Report on sanitation, dispensaries, and jails in Rajputana for 1917, and on vaccination for the year 1917-1918 - 1917-1918
Year: 1917
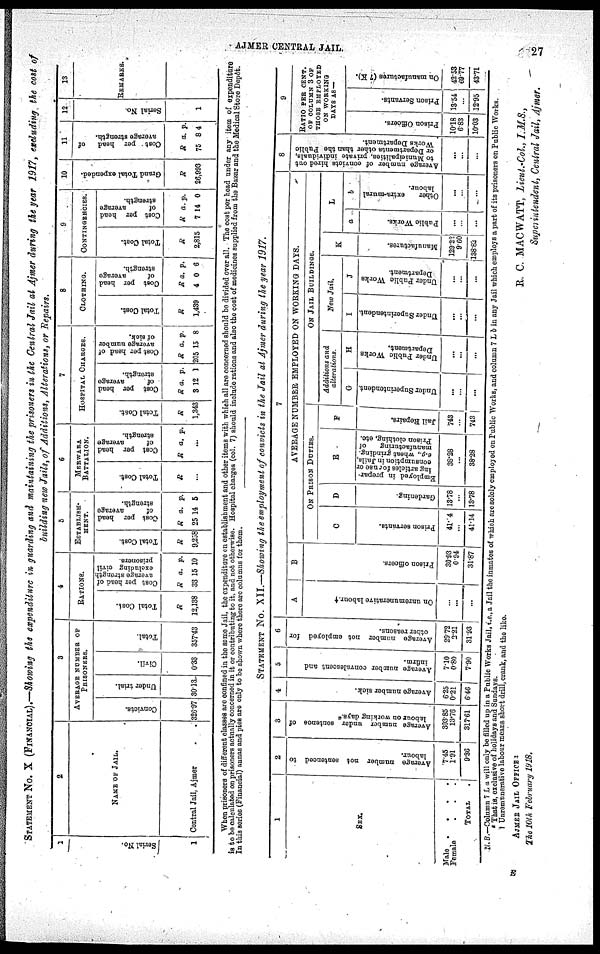
AJMER CENTRAL JAIL.
27
STATEMENT No. X (FINANCIAL).—Showing the expenditure in guarding and maintaining the prisoners in the Central Jail at Ajmer during the year 1917, excluding the cost of
building new Jails, of Additions, Alterations, or Repairs.
1
Serial No.
1
2
NAME OF JAIL.
Central Jail, Ajmer . .
3
AVERAGE NUMBER OF
PRISONERS.
Convicts.
326.97
Under trial.
30.13
Civil.
0.33
Total.
357.43
4
RATIONS.
Total Cost.
R
12,138
Cost per head of
average strength
excluding civil
prisoners.
R
33
a.
15
p.
10
5
ESTABLISH¬
MENT.
Total Cost.
R
9,258
Cost per head
of
average
strength.
R
25
a.
14
p.
5
6
MERWARA
BATTALION.
Total Cost.
R
...
Cost per head
of
average
strength.
R a. p.
...
7
HOSPITAL CHARGES.
Total Cost.
R
1,343
Cost per head
of
average
strength.
R
3
a.
12
p.
1
Cost per head of
average number
of sick.
R
205
a.
15
p.
8
8
CLOTHING.
Total Cost.
R
1,439
Cost per head
of
average
strength.
R
4
a.
0
p.
6
9
CONTINGENCIES.
Total Cost.
R
2,815
Cost per head
of
average
strength.
R
7
a.
14
p.
0
10
Grand Total expended.
R
26,993
11
Cost per head
of
average strength.
R
75
a.
8
p.
4
12
Serial No.
1
13
REMARKS.
When prisoners of different classes are confined in the some Jail, the expenditure on establishment and other items with which all are concerned should be divided over all. The cost per head under any item of expenditure
is to be calculated on prisoners actually concerned in it or contributing to it, and not otherwise. Hospital charges (col. 7) should include rations and also the cost of medicines supplied from the Bazar and the Medical Store Depôt.
In this series (Financial) annas and pies are only to be shown where there are columns for them.
STATEMENT No. XII.—Showing the employment of convicts in the Jail at Ajmer during the year 1917.
1
SEX.
Male .
.
.
.
Female
.
.
.
TOTAL .
2
Average number not sentenced to
labour.
7.45
1.91
9.36
3
Average number under sentence of
labour on working days.*
303.85
13.76
317.61
4
Average number sick.
6.25
0.21
6.46
5
Average number convalescent and
infirm.
7.10
0.80
7.90
6
Average number not employed for
other reasons.
29.72
2.21
31.93
7
A
On unremunerative labour. †
...
...
...
B
Prison officers.
30.93
0.94
31.87
AVERAGE NUMBER EMPLOYED ON WORKING DAYS.
ON PRISON DUTIES.
C
Prison servants.
41.4
...
41.14
D
Gardening.
13.78
...
13.78
E
Employed in prepar-
ing articles for use or
consumption in Jails
e.g., wheat grinding,
manufacturing
of
Prison clothing, etc.
38.28
...
38.28
F
Jail Repairs.
743
...
743
ON JAIL BUILDINGS.
Additions and
alterations.
G
Under Superintendent.
...
...
...
H
Under Public Works
Department.
...
...
...
New Jail.
I
Under Superintendent.
...
...
J
Under Public Works
Department.
...
...
...
K
Manufactures.
129.22
9.60
138.82
L
a
Public Works.
...
...
...
b
Other
extra-mural
labour.
...
...
...
8
Average number of convicts hired out
to Municipalities, private individuals,
or Departments other than the Public
Works Department.
...
...
...
9
RATIO PER CENT.
OF COLUMN 3 OF
THOSE EMPLOYED
ON WORKING
DAYS AS —
Prison Officers.
10.18
6.83
10.03
Prison Servants.
13.54
...
12.95
On manufactures (7 K).
42.53
69.77
43.71
N. B.—Column 7 L a will only be filled up in a Public Works Jail, i.e.,a Jail the inmates of which are solely employed on Public Works, and column 7 L b in any Jail which employs a part of its prisoners on Pablic Works.
* That is, exclusive of holidays and Sundays.
† Unremunerative labour means short drill, crank, and the like.
R. C. MACWATT, Lieut.-Col., I.M.S.,
Superintendent, Central Jail, Ajmer,
AJMER JAIL OFFICE:
The 10th February 1918.
E